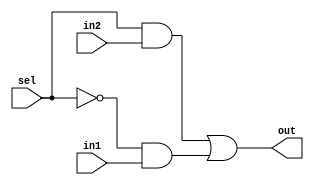
module mux2to1(out,sel,in1,in2);
 input in1,in2,sel;
 output out;
 wire not_sel,a1,a2;
 not (not_sel,sel);
 and (a1,sel,in2);
 and (a2,not_sel,in1);
 or(out,a1,a2);
endmodule

module bit8_2to1mux(out,sel,in1,in2);
 input [7:0] in1,in2;
 output [7:0] out;
 input sel;
 genvar j;
 generate for (j=0; j<8;j=j+1) begin: mux_loop
 mux2to1 m1(out[j],sel,in1[j],in2[j]);
end
endgenerate
endmodule

module bit32_2to1mux(out,sel,in1,in2);
  input [31:0] in1,in2;
  output [31:0] out;
  input sel;
  genvar i;
  generate
    for (i=0;i<32;i=i+8) begin: mux_loop
      bit8_2to1mux m(out[i+7:i],sel,in1[i+7:i],in2[i+7:i]);
    end
  endgenerate
endmodule